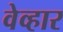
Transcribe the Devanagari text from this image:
वेव्हार